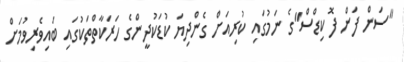
"ސަން ފަން ފޮ ކިޑްސް"ގެ ނަމުގައި ކުރިއަށް ގެންދިޔަ ކުޑަކުދީންގެ ހަރަކާތްތަކުގަައި ބައިވެރިވުމަށް